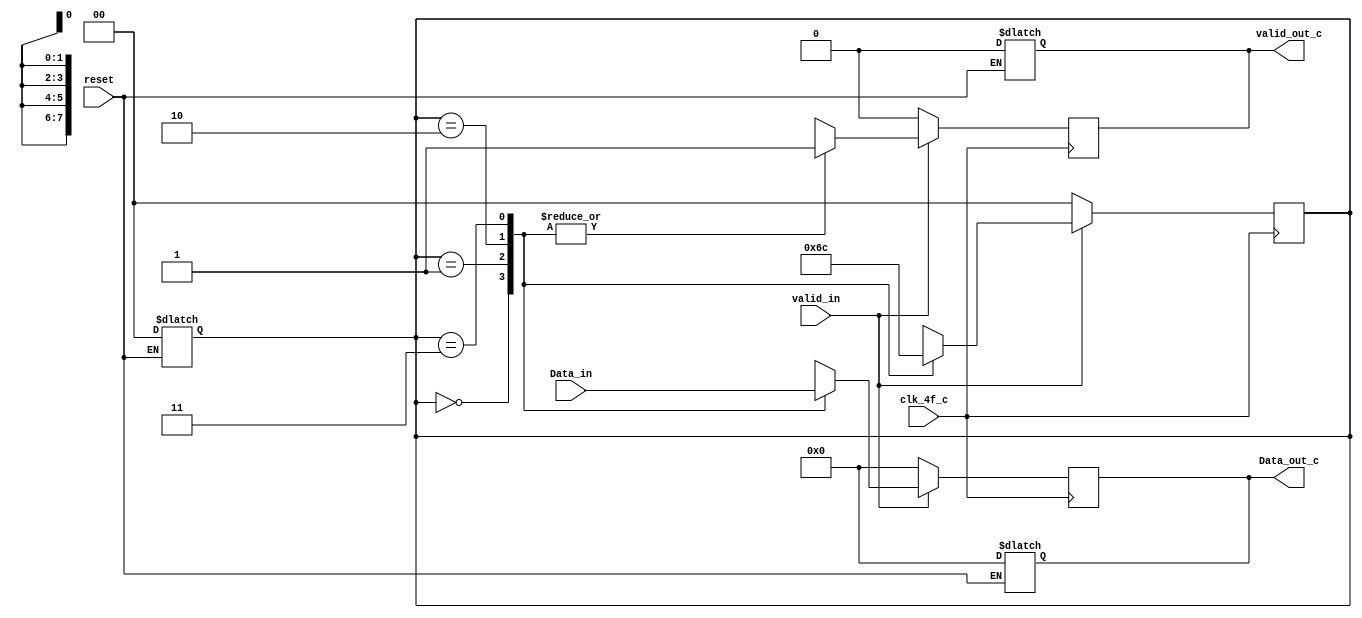
module word32_8bits_c (
	input clk_4f_c,
	input reset,
	input valid_in,
	input [31:0] Data_in,
	output reg valid_out_c,
	output reg [7:0] Data_out_c
);
	reg [1:0] contador;

	always @(*) begin
		if (reset == 0) begin
			contador <= 2'b0;
			valid_out_c <= 0;
			Data_out_c <= 32'b0;
		end
	end

	always @(posedge clk_4f_c) begin
		if (valid_in) begin
			case (contador)
				2'b00: 
				begin
					Data_out_c <= Data_in[31:24];
					contador <= 2'b01;
					valid_out_c <= 1;
				end  
				2'b01: 
				begin
					Data_out_c <= Data_in[23:16];
					contador <= 2'b10;
					valid_out_c <= 1;
				end  
				2'b10:
				begin
					Data_out_c <= Data_in[15:8];
					contador <= 2'b11;
					valid_out_c <= 1;
				end  
				2'b11:
				begin
					Data_out_c <= Data_in[7:0];
					contador <= 'd0;
					valid_out_c <= 1;
				end 
			endcase
		end
		else begin
			contador <= 2'b0;
			valid_out_c <= 0;
			Data_out_c <= 32'b0;
		end
	end
endmodule